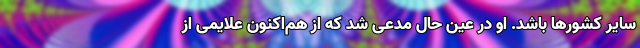
سایر کشورها باشد. او در عین حال مدعی شد که از هم‌اکنون علایمی از